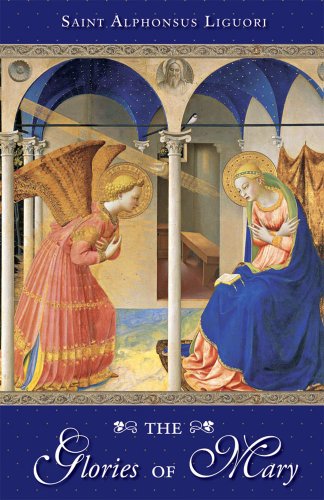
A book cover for The Glories Of Mary; St. Alphonsus Liguori; Christian Books & Bibles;